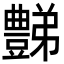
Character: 豑